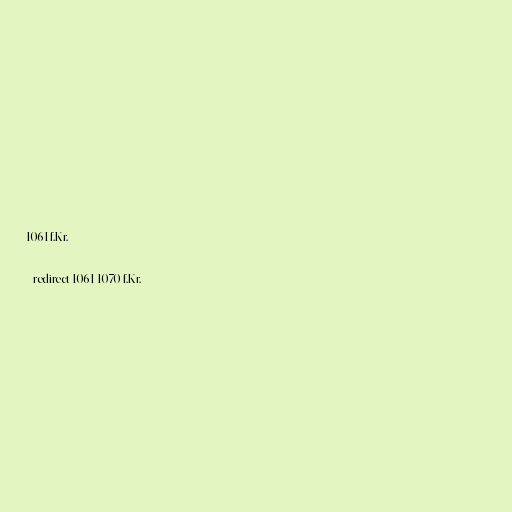
1061 f.Kr.

#redirect 1061-1070 f.Kr.